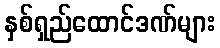
နှစ်ရှည်ထောင်ဒဏ်များ